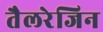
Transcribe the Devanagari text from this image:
तैलरेजिन